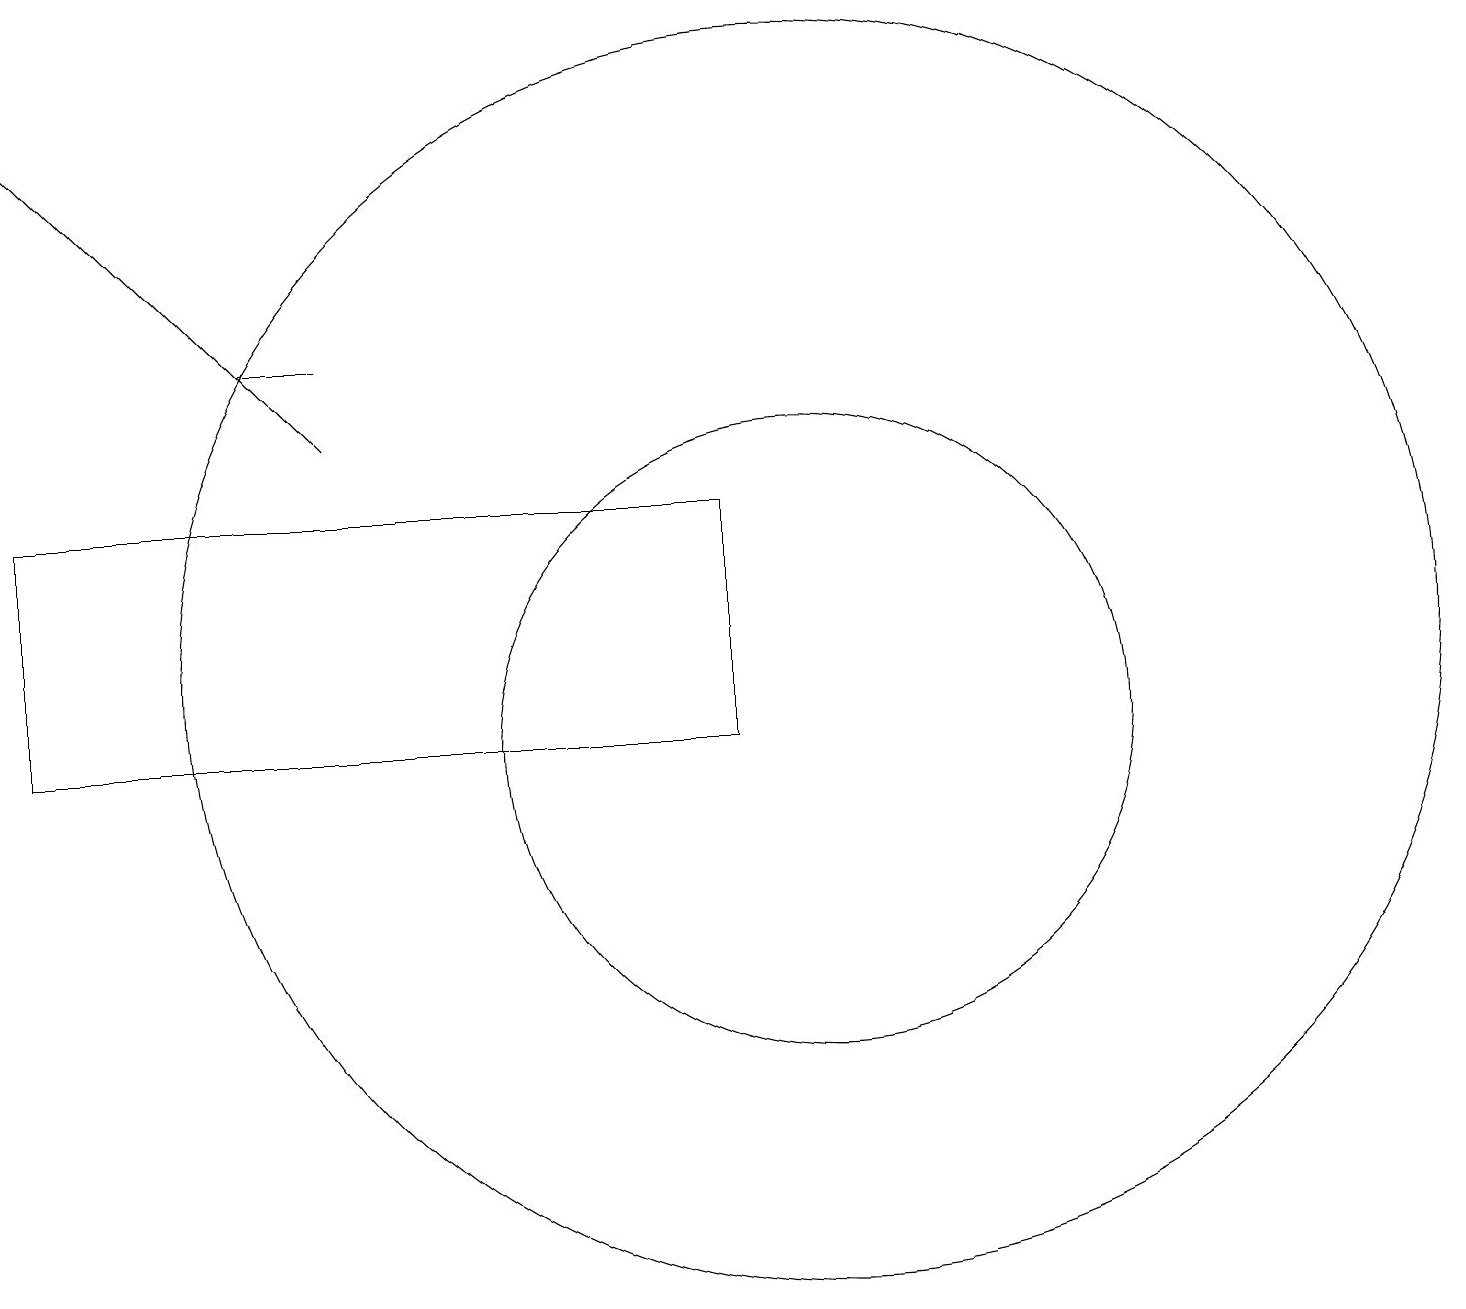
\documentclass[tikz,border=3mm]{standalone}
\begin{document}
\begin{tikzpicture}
\draw[->] (4,14) -- (0,18);
\draw (3,15) rectangle (4,15);
\draw (10,10) circle (4);
\draw (10,11) circle (8);
\draw (9,13) rectangle (0,10);
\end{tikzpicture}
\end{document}